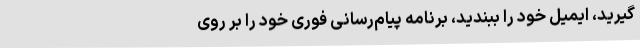
گیرید، ایمیل خود را ببندید، برنامه پیام‌رسانی فوری خود را بر روی